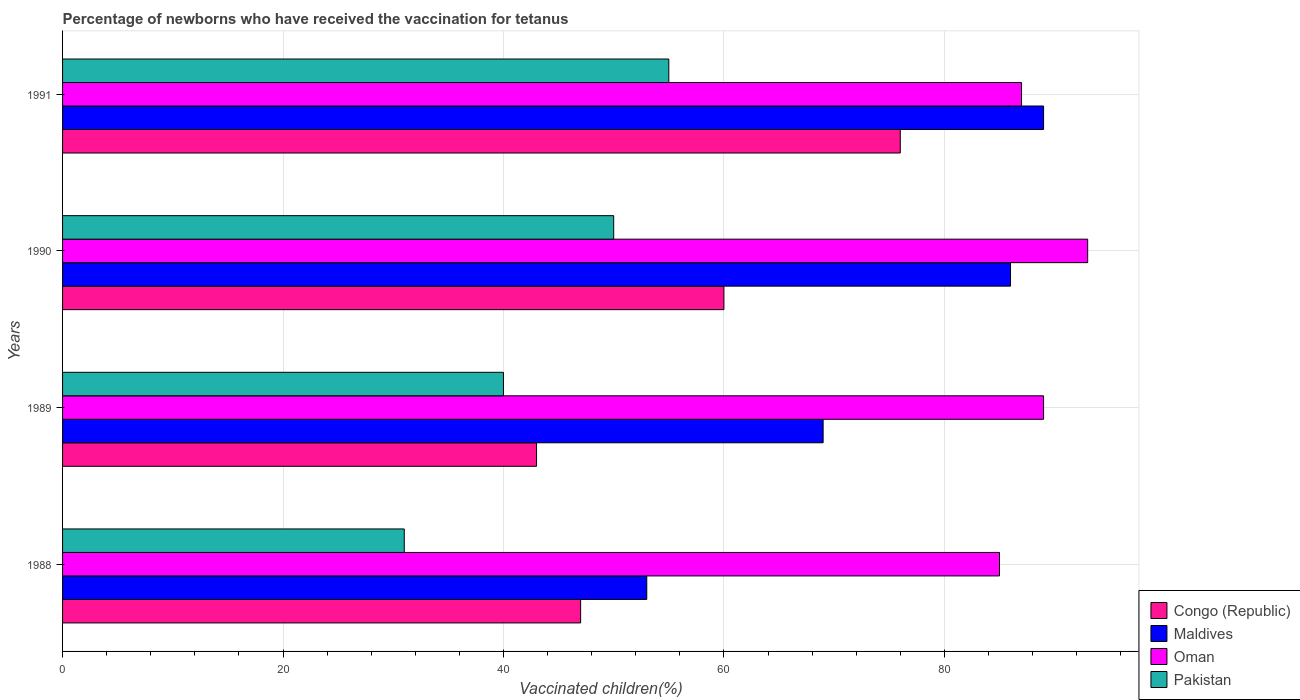
| Years | Congo (Republic) | Maldives | Oman | Pakistan |
 | --- | --- | --- | --- | --- |
 | 1988 | 47 | 53 | 85 | 31 |
 | 1989 | 43 | 69 | 89 | 40 |
 | 1990 | 60 | 86 | 93 | 50 |
 | 1991 | 76 | 89 | 87 | 55 |